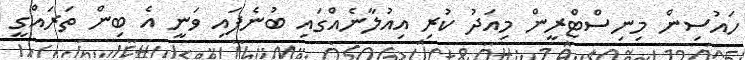
ހައުސިން މިނިސްޓްރީން މިއަދު ކުރި އިއުލާނެއްގައި ބުނެފައި ވަނީ އެ ބިން ތަރައްގީ